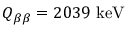
Q _ { \beta \beta } = 2 0 3 9 \ \mathrm { k e V }